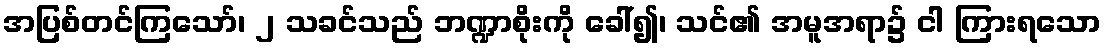
အပြစ်တင်ကြသော်၊ ၂ သခင်သည် ဘဏ္ဍာစိုးကို ခေါ်၍၊ သင်၏ အမူအရာ၌ ငါ ကြားရသော